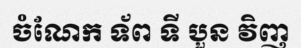
ចំណែក ទ័ព ទី បួន វិញ